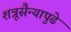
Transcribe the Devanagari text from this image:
शत्रूसैन्यापुढे